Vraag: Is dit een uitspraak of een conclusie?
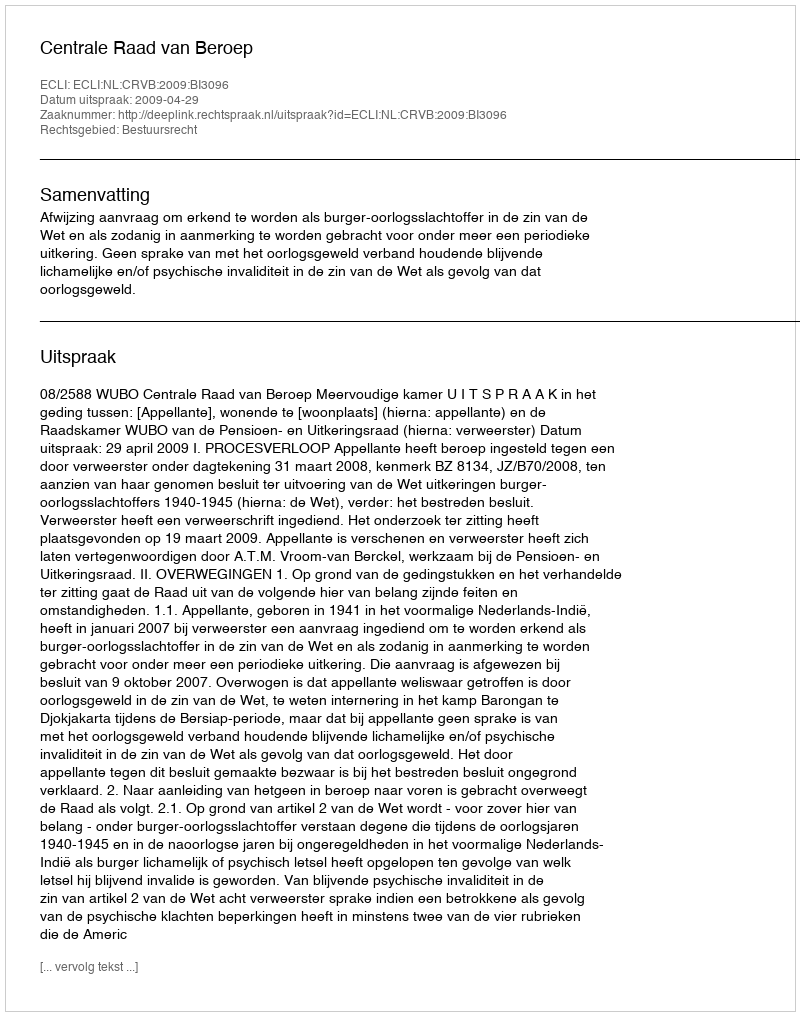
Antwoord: Uitspraak